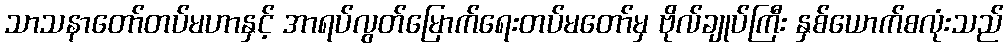
သာသနာတော်တပ်မဟာနှင့် အာရပ်လွတ်မြောက်ရေးတပ်မတော်မှ ဗိုလ်ချုပ်ကြီး နှစ်ယောက်စလုံးသည်